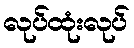
လုပ်ထုံးလုပ်